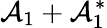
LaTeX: {\cal A}_{1}+{\cal A}_{1}^{\ast}